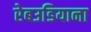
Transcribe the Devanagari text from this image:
रेबउडियाना